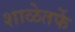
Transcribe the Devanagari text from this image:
शाळेतर्फे